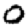
Digit: 0